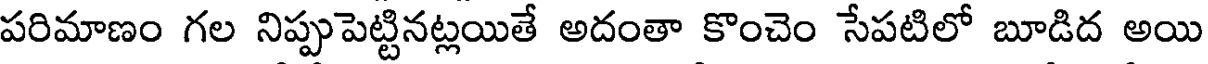
పరిమాణం గల నిప్పుపెట్టినట్లయితే అదంతా కొంచెం సేపటిలో బూడిద అయి